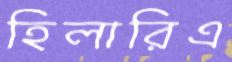
হিলারিএ